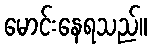
မောင်းနေရသည်။